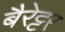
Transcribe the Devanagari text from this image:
बैरेट्टर